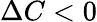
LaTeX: \Delta C<0